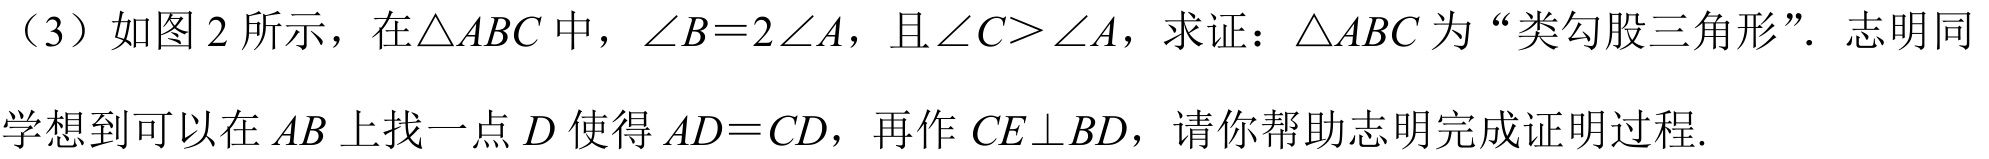
（3）如图 2 所示，在$\triangle ABC$中，$\angle B = 2\angle A$，且$\angle C>\angle A$，求证：$\triangle ABC$为“类勾股三角形”. 志明同
学想到可以在$AB$上找一点$D$使得$AD = CD$，再作$CE\perp BD$，请你帮助志明完成证明过程.